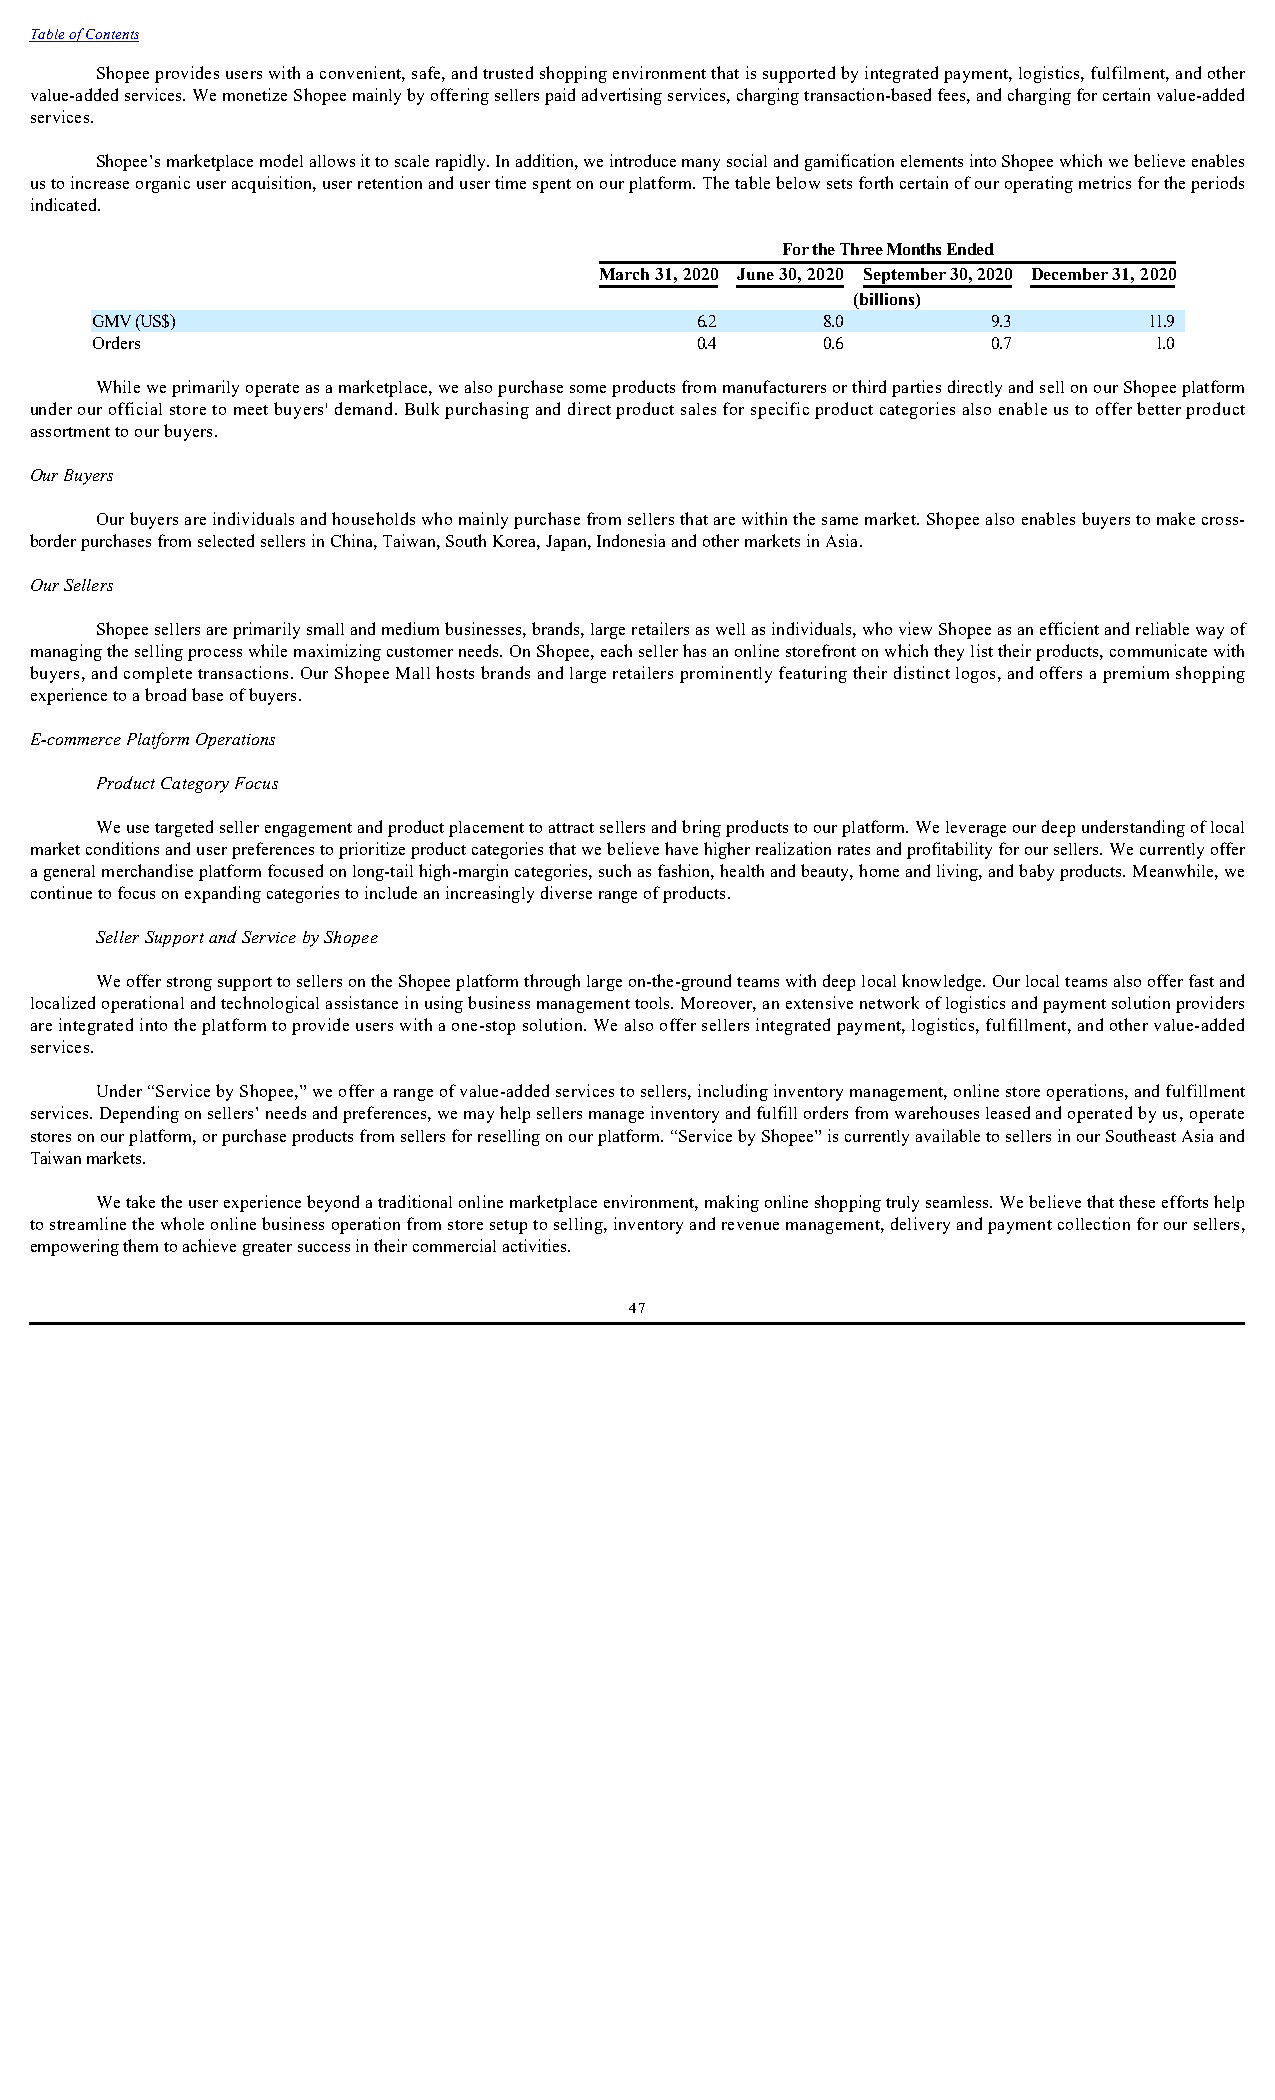
Table of Contents
 Shopee provides users with a convenient, safe, and trusted shopping environment that is supported by integrated payment, logistics, fulfilment, and other
 value-added services. We monetize Shopee mainly by offering sellers paid advertising services, charging transaction-based fees, and charging for certain value-added
 services.
 Shopee’s marketplace model allows it to scale rapidly. In addition, we introduce many social and gamification elements into Shopee which we believe enables
 us to increase organic user acquisition, user retention and user time spent on our platform. The table below sets forth certain of our operating metrics for the periods
 indicated.
 For the Three Months Ended
 March 31, 2020 June 30, 2020 September 30, 2020 December 31, 2020
 (billions)
 GMV (US$)                               6.2     8.0         9.3       11.9
 Orders                                  0.4     0.6         0.7       1.0
 While we primarily operate as a marketplace, we also purchase some products from manufacturers or third parties directly and sell on our Shopee platform
 under our official store to meet buyers' demand. Bulk purchasing and direct product sales for specific product categories also enable us to offer better product
 assortment to our buyers.
 Our Buyers
 Our buyers are individuals and households who mainly purchase from sellers that are within the same market. Shopee also enables buyers to make cross-
 border purchases from selected sellers in China, Taiwan, South Korea, Japan, Indonesia and other markets in Asia.
 Our Sellers
 Shopee sellers are primarily small and medium businesses, brands, large retailers as well as individuals, who view Shopee as an efficient and reliable way of
 managing the selling process while maximizing customer needs. On Shopee, each seller has an online storefront on which they list their products, communicate with
 buyers, and complete transactions. Our Shopee Mall hosts brands and large retailers prominently featuring their distinct logos, and offers a premium shopping
 experience to a broad base of buyers.
 E-commerce Platform Operations
 Product Category Focus
 We use targeted seller engagement and product placement to attract sellers and bring products to our platform. We leverage our deep understanding of local
 market conditions and user preferences to prioritize product categories that we believe have higher realization rates and profitability for our sellers. We currently offer
 a general merchandise platform focused on long-tail high-margin categories, such as fashion, health and beauty, home and living, and baby products. Meanwhile, we
 continue to focus on expanding categories to include an increasingly diverse range of products.
 Seller Support and Service by Shopee
 We offer strong support to sellers on the Shopee platform through large on-the-ground teams with deep local knowledge. Our local teams also offer fast and
 localized operational and technological assistance in using business management tools. Moreover, an extensive network of logistics and payment solution providers
 are integrated into the platform to provide users with a one-stop solution. We also offer sellers integrated payment, logistics, fulfillment, and other value-added
 services.
 Under “Service by Shopee,” we offer a range of value-added services to sellers, including inventory management, online store operations, and fulfillment
 services. Depending on sellers’ needs and preferences, we may help sellers manage inventory and fulfill orders from warehouses leased and operated by us, operate
 stores on our platform, or purchase products from sellers for reselling on our platform. “Service by Shopee” is currently available to sellers in our Southeast Asia and
 Taiwan markets.
 We take the user experience beyond a traditional online marketplace environment, making online shopping truly seamless. We believe that these efforts help
 to streamline the whole online business operation from store setup to selling, inventory and revenue management, delivery and payment collection for our sellers,
 empowering them to achieve greater success in their commercial activities.
 47